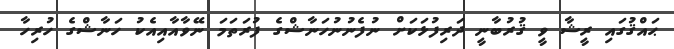
ޙައްޤުގައި ރީޝާ ވީ ޤުރުބާނީ ދަރިފުޅަކަށް ނުފެނުނުހަނާޝްގެ ފުރަތަމަ ނޭވާއާއިއެކު ހަނާޝްގެ ހުރިހާ